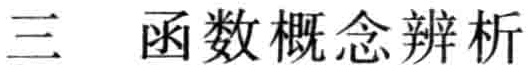
三 函数概念辨析